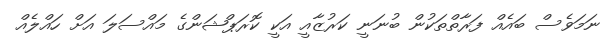
ނަމަވެސް ބައެއް ފަރާތްތަކުން ބުނަނީ ކަރުޒާއީ އަކީ ކޮރަޕްޝަންގެ މައްސަލަ އަށް ހައްލެއް